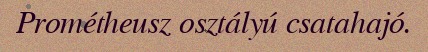
Prométheusz osztályú csatahajó.